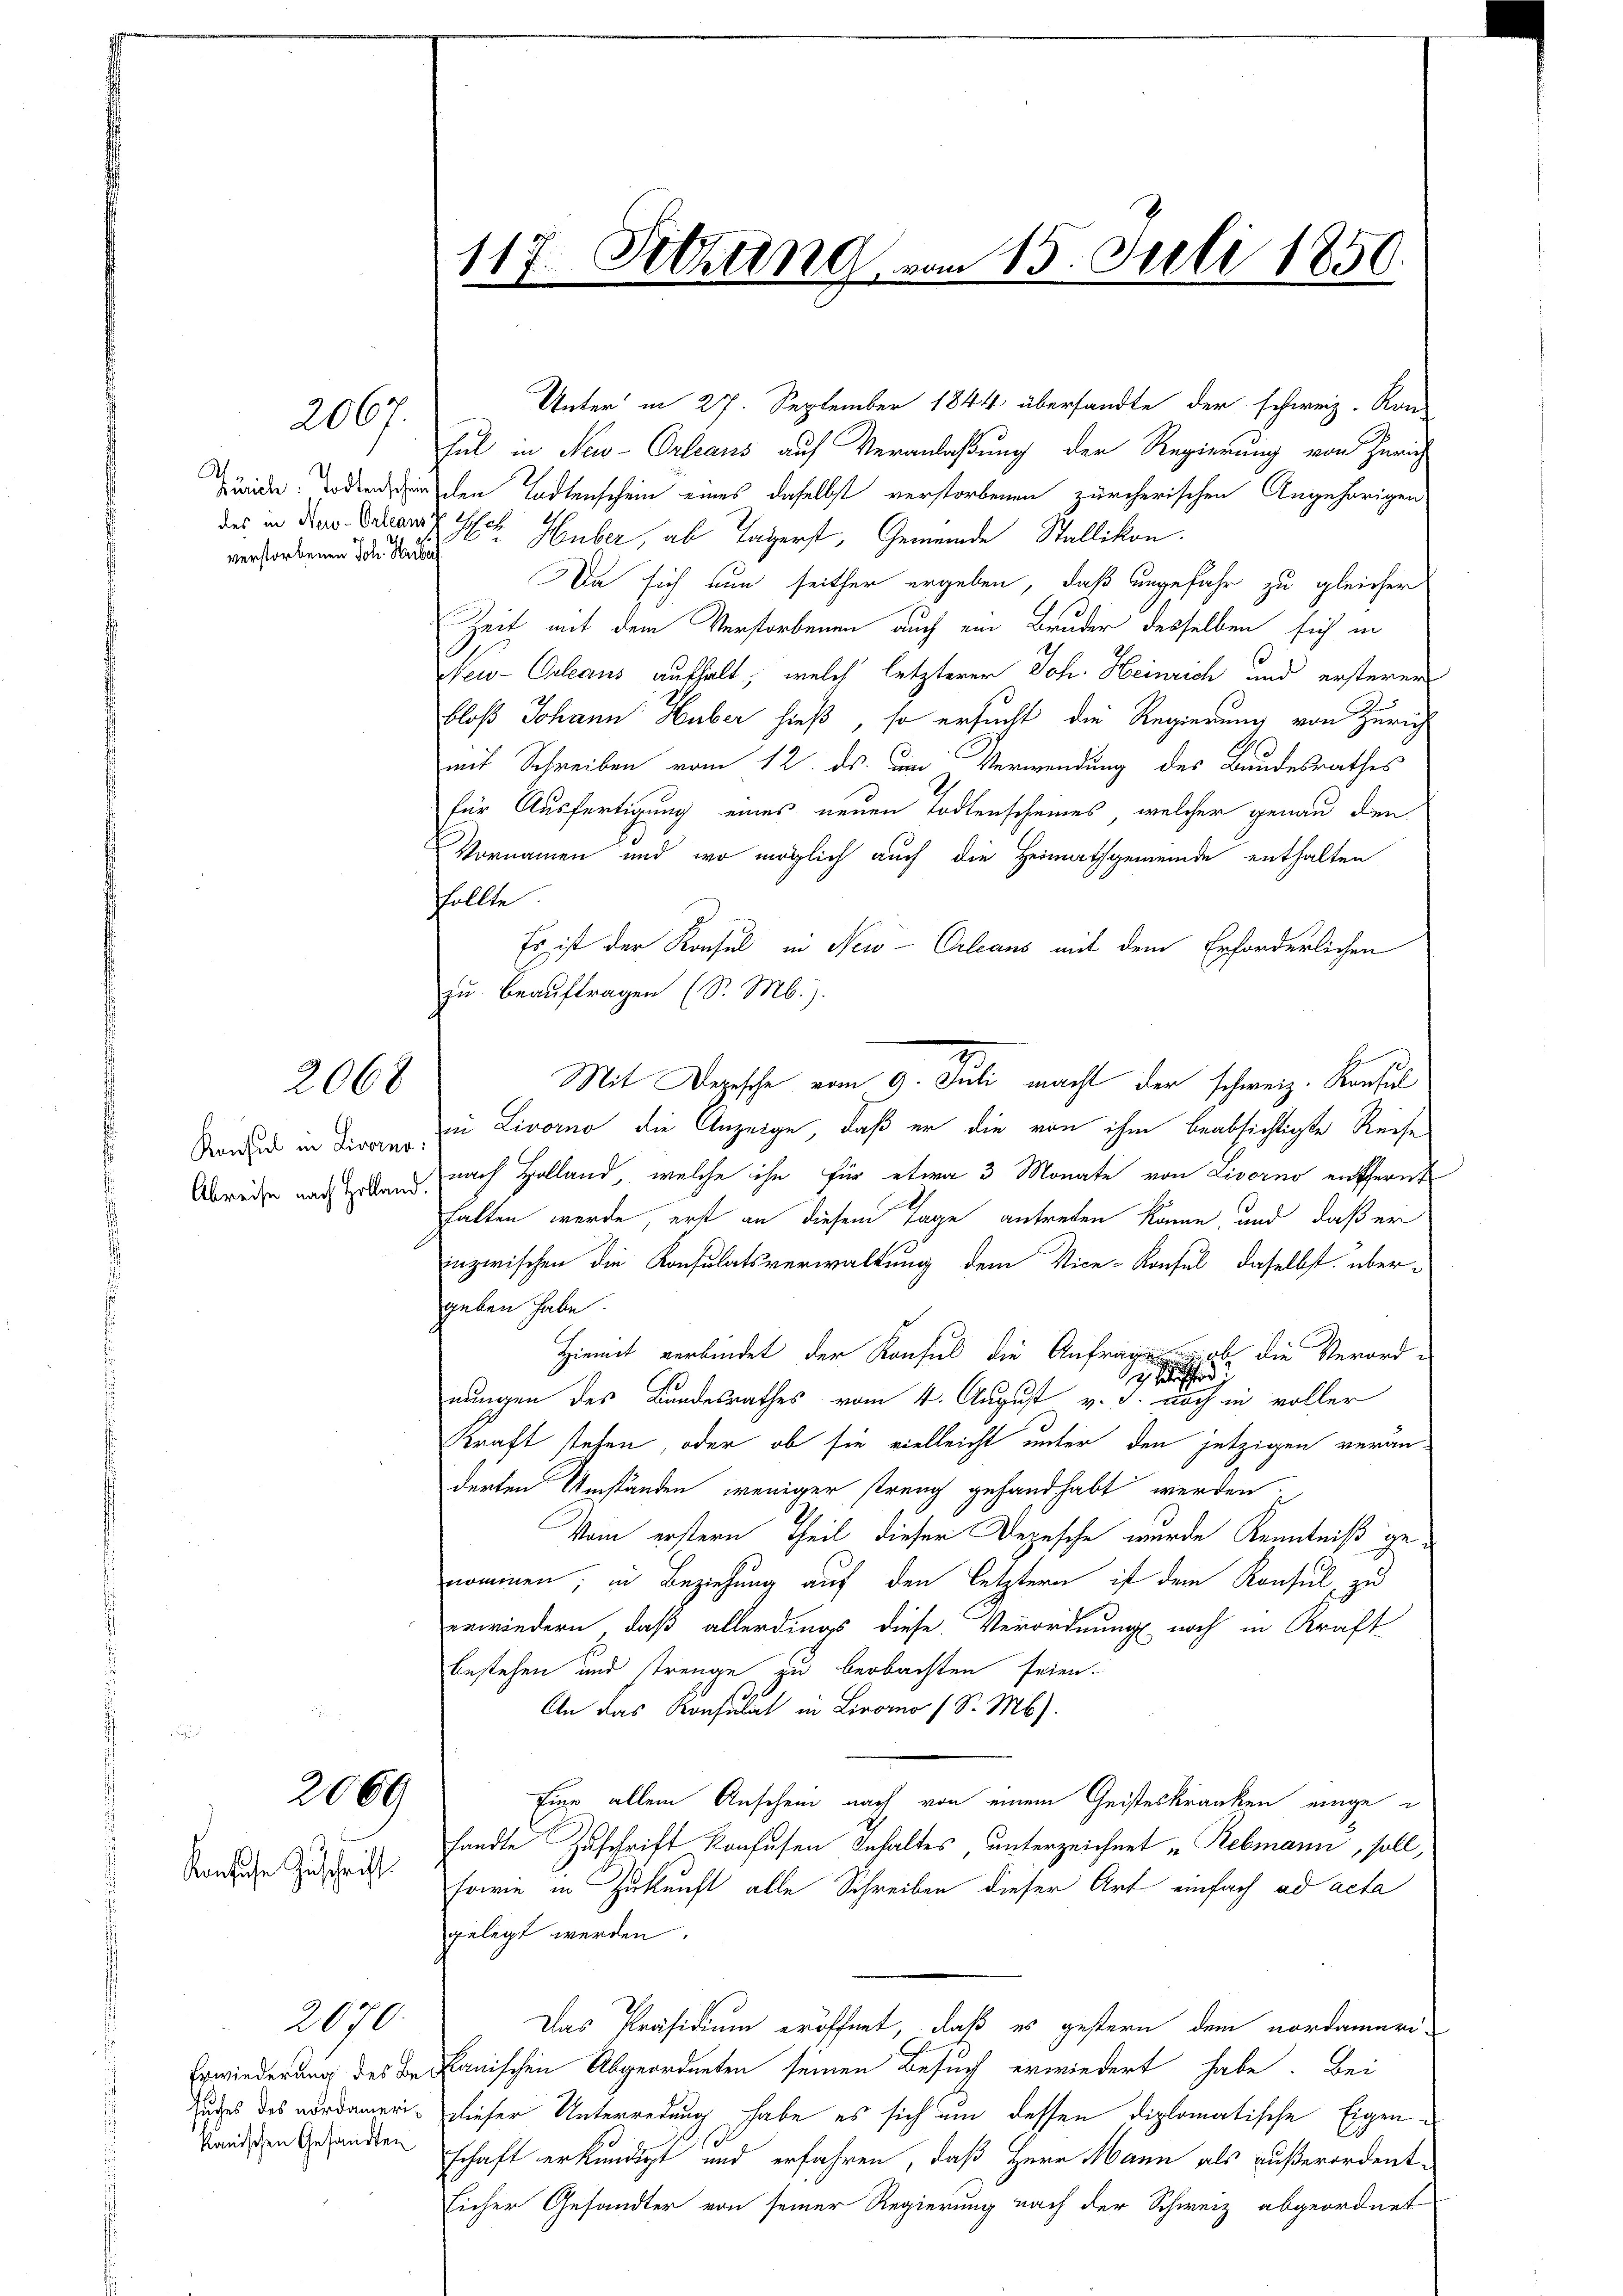
des in Neu-Orleanst
verstorbenen Joh. Heise

2067

Konsul in Livorno:
Abreise nach Holland.

2068

2069

Konsuche Zuschrift.

suches des nordamerikanischen Gesandten

2070

117. Setzung vom 15. Juli 1850.

Unter in 27. September 1844 übersandte der schweiz. Kon-
Ful in New-Orleans auf Veranlaßung der Regierung von Zürich
hunde oderischen Todtenschein eines daselbst verstorbenen zürcherischen Angehörigen
Esche Huber, ab Tagerst, Gemeinde Stallikon.
Da sich nun seither ergeben, daß ungefahr zu gleicher
Zeit mit dem Verstorbenen auch ein Bruder desselben sich in
Neu-Orleaus aufhalt, welch letzterer Joh. Heinrich und ersteren
bloß Johann Huber hieß, so ersucht die Regierung von Zürich
mit Schreiben vom 12. ds. um Verwendung des Bandesrathes
für Ausfertigung eines neuen Todtenscheines, welcher genau den
Vornamen und wo möglich auch die Heimathgemeinde enthalten
follte
Es ist der Konsul in New-Orleans mit dem Erforderlichen
zu beauftragen (S. M.).
in Livorno die Anzeige, daß er die von ihm beabsichtigte Reise
nach Holland, welche ihn für etwa 3 Monate von Livorno entfernt
halten werde, erst an diesem Tage antreten könne, und daß er
inzwischen die Konsulatsverwaltung dem Vice-Konsul daselbst über-
geben habe.
Hiemit verbindet der Konsul die Anfrage
nicht die Verord¬

nungen des Bandesrathes vom 4. August v. J. noch in voller
Kraft stehen, oder ob sie vielleicht unter den jetzigen verändenten Umständen weniger streng gehandhabt werden.
Vom erstern Theil dieser Depesche wurde Kenntniß genommen; in Beziehung auf den letztern ist dem Konsul, zu
erwindern, daß allerdings diese Verordnung noch in Kraft
bestehen und trenge zu beobachten seien.
An das Konsulat in Livorno (S. Mb).
Eine allein Anschein nach von einem Geisteskranken eingesandte Zuschrift konfusen Inhaltes, unterzeichnet u Rebmann, soll,
sowie in Zukunft alle Schreiben dieser Art. einfach ad acta
gelegt werden.
Das Präsidium eröffnet, daß es gestern dem nordammen-
Erwiederung des Bekanischen Abgeordneten seinen Besuch erwiedert habe. Bei
dieser Unterredung habe es sich um dessen diplomatische Eigenschaft erkundigt und erfahren, daß Herr Mann als außerordent-
licher Gesandter von seiner Regierung nach der Schweiz abgeordnet

Mit Depesche vom 9. Juli macht der schweiz. Konsul